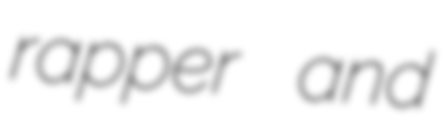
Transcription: rapper and